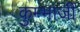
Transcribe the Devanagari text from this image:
कुम्भाजी